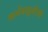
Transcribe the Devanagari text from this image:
कर्जवसुलीची